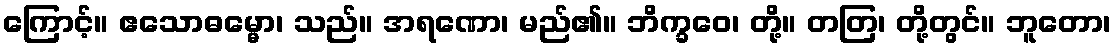
ကြောင့်။ ဧသောဓမ္မော၊ သည်။ အရဏော၊ မည်၏။ ဘိက္ခဝေ၊ တို့။ တတြ၊ တို့တွင်။ ဘူတော၊